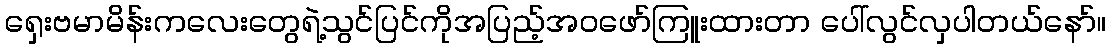
ရှေးဗမာမိန်းကလေးတွေရဲ့သွင်ပြင်ကိုအပြည့်အဝဖော်ကြူးထားတာ ပေါ်လွင်လှပါတယ်နော်။